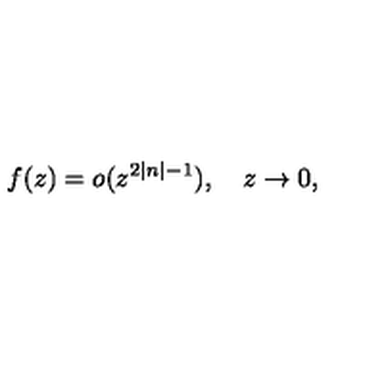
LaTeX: f ( z ) = o ( z ^ { 2 \left| n \right| - 1 } ) , \quad z \rightarrow 0 ,